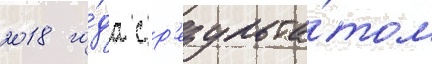
2018 го́да с р'езульта́том